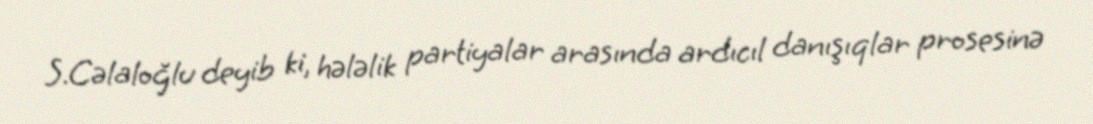
S.Cəlaloğlu deyib ki, hələlik partiyalar arasında ardıcıl danışıqlar prosesinə